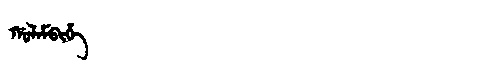
Manchu: ᡤᠣᠯᠠᠮᠪᡳᡥᡝ
Romanization: GOLAMBIHE